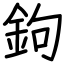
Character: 鉤